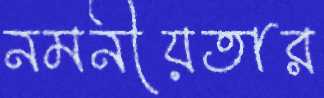
নমনীয়তার